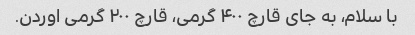
با سلام، به جای قارچ ۴۰۰ گرمی، قارچ ۲۰۰ گرمی اوردن.